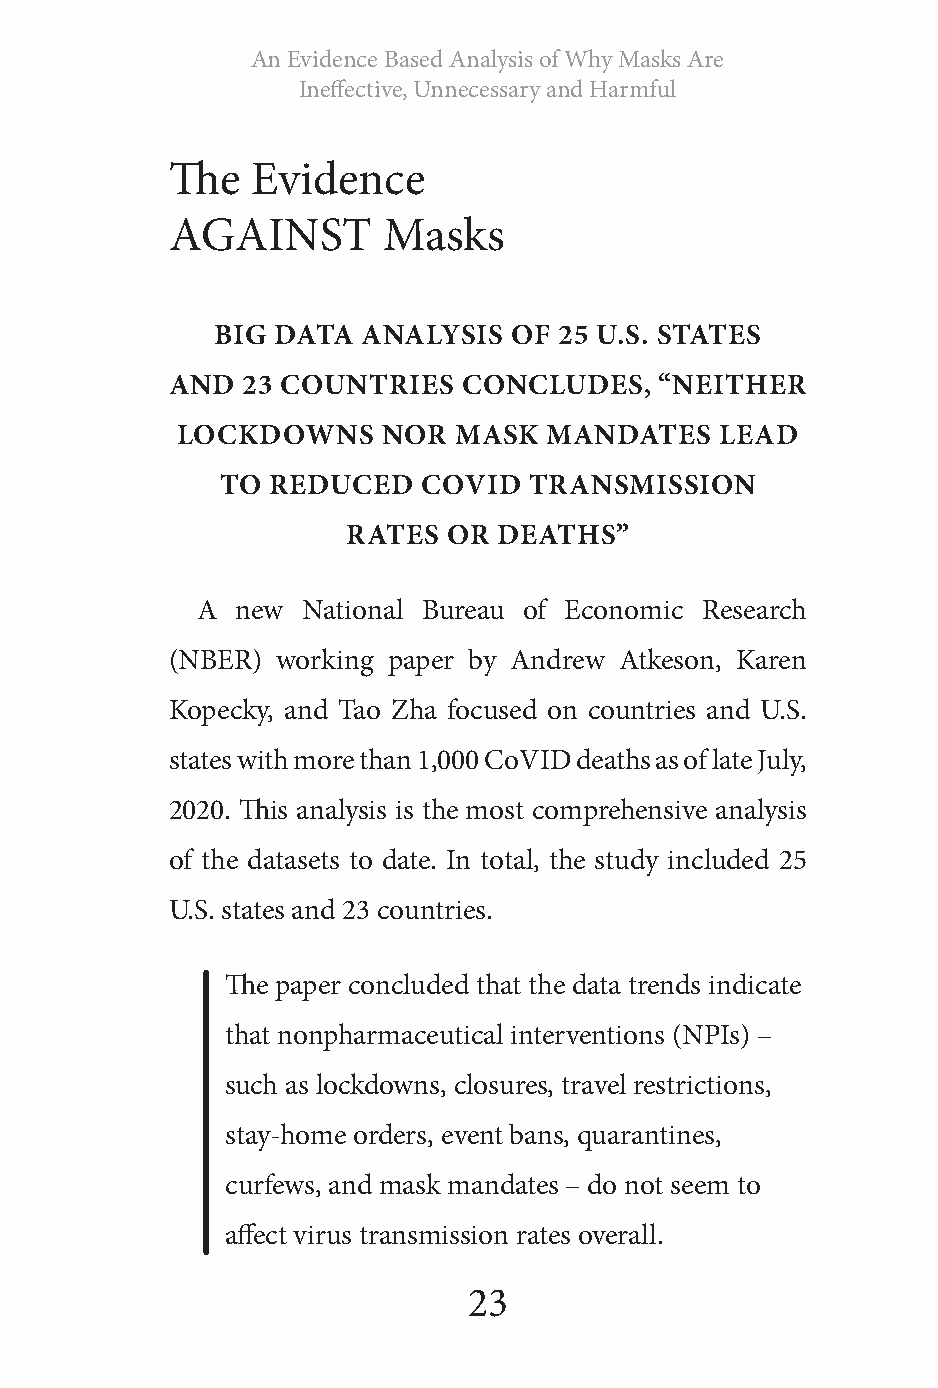
An Evidence Based Analysis of Why Masks Are
 Ineffective, Unnecessary and Harmful
 The   Evidence
 AGAINST       Masks
 BIG DATA  ANALYSIS  OF 25 U.S. STATES
 AND  23 COUNTRIES   CONCLUDES,   “NEITHER
 LOCKDOWNS    NOR  MASK  MANDATES    LEAD
 TO REDUCED   COVID  TRANSMISSION
 RATES  OR DEATHS”
 A  new National Bureau of Economic Research
 (NBER) working paper by Andrew Atkeson, Karen
 Kopecky, and Tao Zha focused on countries and U.S.
 states with more than 1,000 CoVID deaths as of late July,
 2020. This analysis is the most comprehensive analysis
 of the datasets to date. In total, the study included 25
 U.S. states and 23 countries.
 The paper concluded that the data trends indicate
 that nonpharmaceutical interventions (NPIs) –
 such as lockdowns, closures, travel restrictions,
 stay-home orders, event bans, quarantines,
 curfews, and mask mandates – do not seem to
 affect virus transmission rates overall.
 23